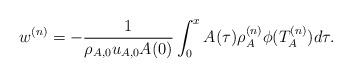
LaTeX: \begin{align*}w^{(n)}=-\frac{1}{\rho_{A,0} u_{A,0} A(0)}\int_0^x A(\tau)\rho_A^{(n)}\phi(T_A^{(n)})d\tau.\end{align*}